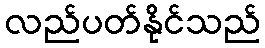
လည်ပတ်နိုင်သည်